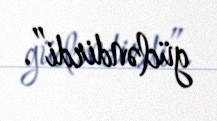
gücləndirdi”.